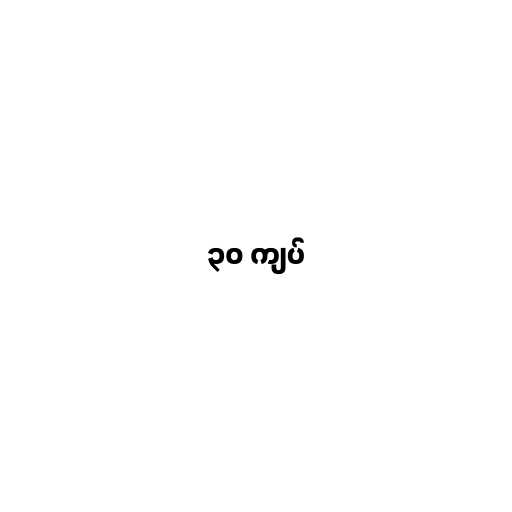
၃၀ ကျပ်